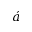
\acute { a }